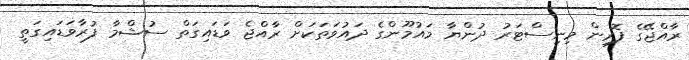
ރާއްޖޭގެ ފޮރިން މިނިސްޓަރު ދުންޔާ މައުމޫންގެ ދައުވަތަކަށް ރާއްޖެ ވަޑައިގަތް ސުޝްމާ ފުރާވަޑައިގަތީ